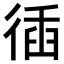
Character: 𢔣